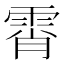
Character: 霄